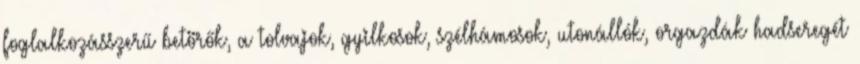
foglalkozásszerű betörők, a tolvajok, gyilkosok, szélhámosok, utonállók, orgazdák hadseregét